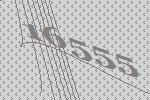
16555